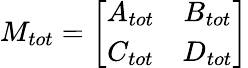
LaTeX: M_{tot}=\left[\begin{array}{cc}{A_{tot}}&{B_{tot}}\\ {C_{tot}}&{D_{tot}}\end{array}\right]